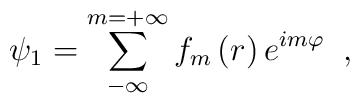
\psi _{1}=\sum\limits_{-\infty }^{m=+\infty }f_{m}\,(r)\,e^{im\varphi}\;\;,